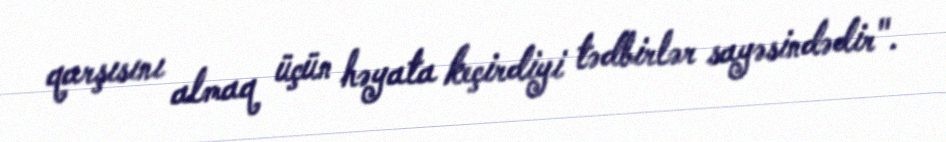
qarşısını almaq üçün həyata keçirdiyi tədbirlər sayəsindədir".